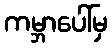
ကမ္ဘာပေါ်မှ